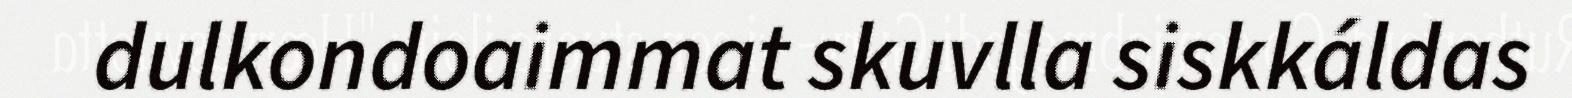
dulkondoaimmat skuvlla siskkáldas